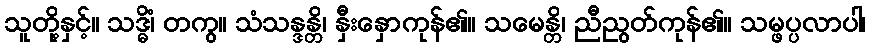
သူတို့နှင့်။ သဒ္ဓိံ၊ တကွ။ သံသန္ဒန္တိ၊ နှီးနှောကုန်၏။ သမေန္တိ၊ ညီညွတ်ကုန်၏။ သမ္ဖပ္ပလာပါ၊